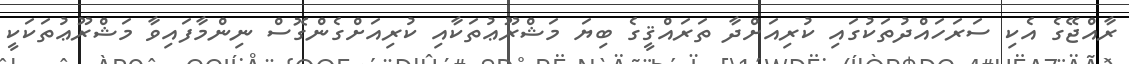
ރާއްޖޭގެ އެކި ސަރަހައްދުތަކުގައި ކުރިއަށްދާ ތަރައްޤީގެ ބިޔަ މަޝްރޫޢުތަކާއި ކުރިއަށްގެންގޮސް ނިންމާފައިވާ މަޝްރޫޢުތަކަކީ